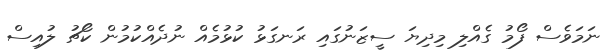
ނަމަވެސް ފޯމު ގެއްލި މިދިޔަ ސީޒަނުގައި ރަނގަޅު ކުޅުމެއް ނުދެއްކުމުން ކޯޗު ލުއިސް